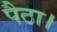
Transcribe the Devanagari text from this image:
पैठा।